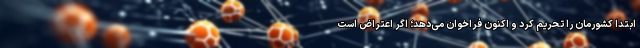
ابتدا کشورمان را تحریم کرد و اکنون فراخوان می‌دهد؛ اگر اعتراض است